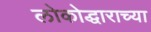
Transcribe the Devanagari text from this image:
लोकोद्धाराच्या